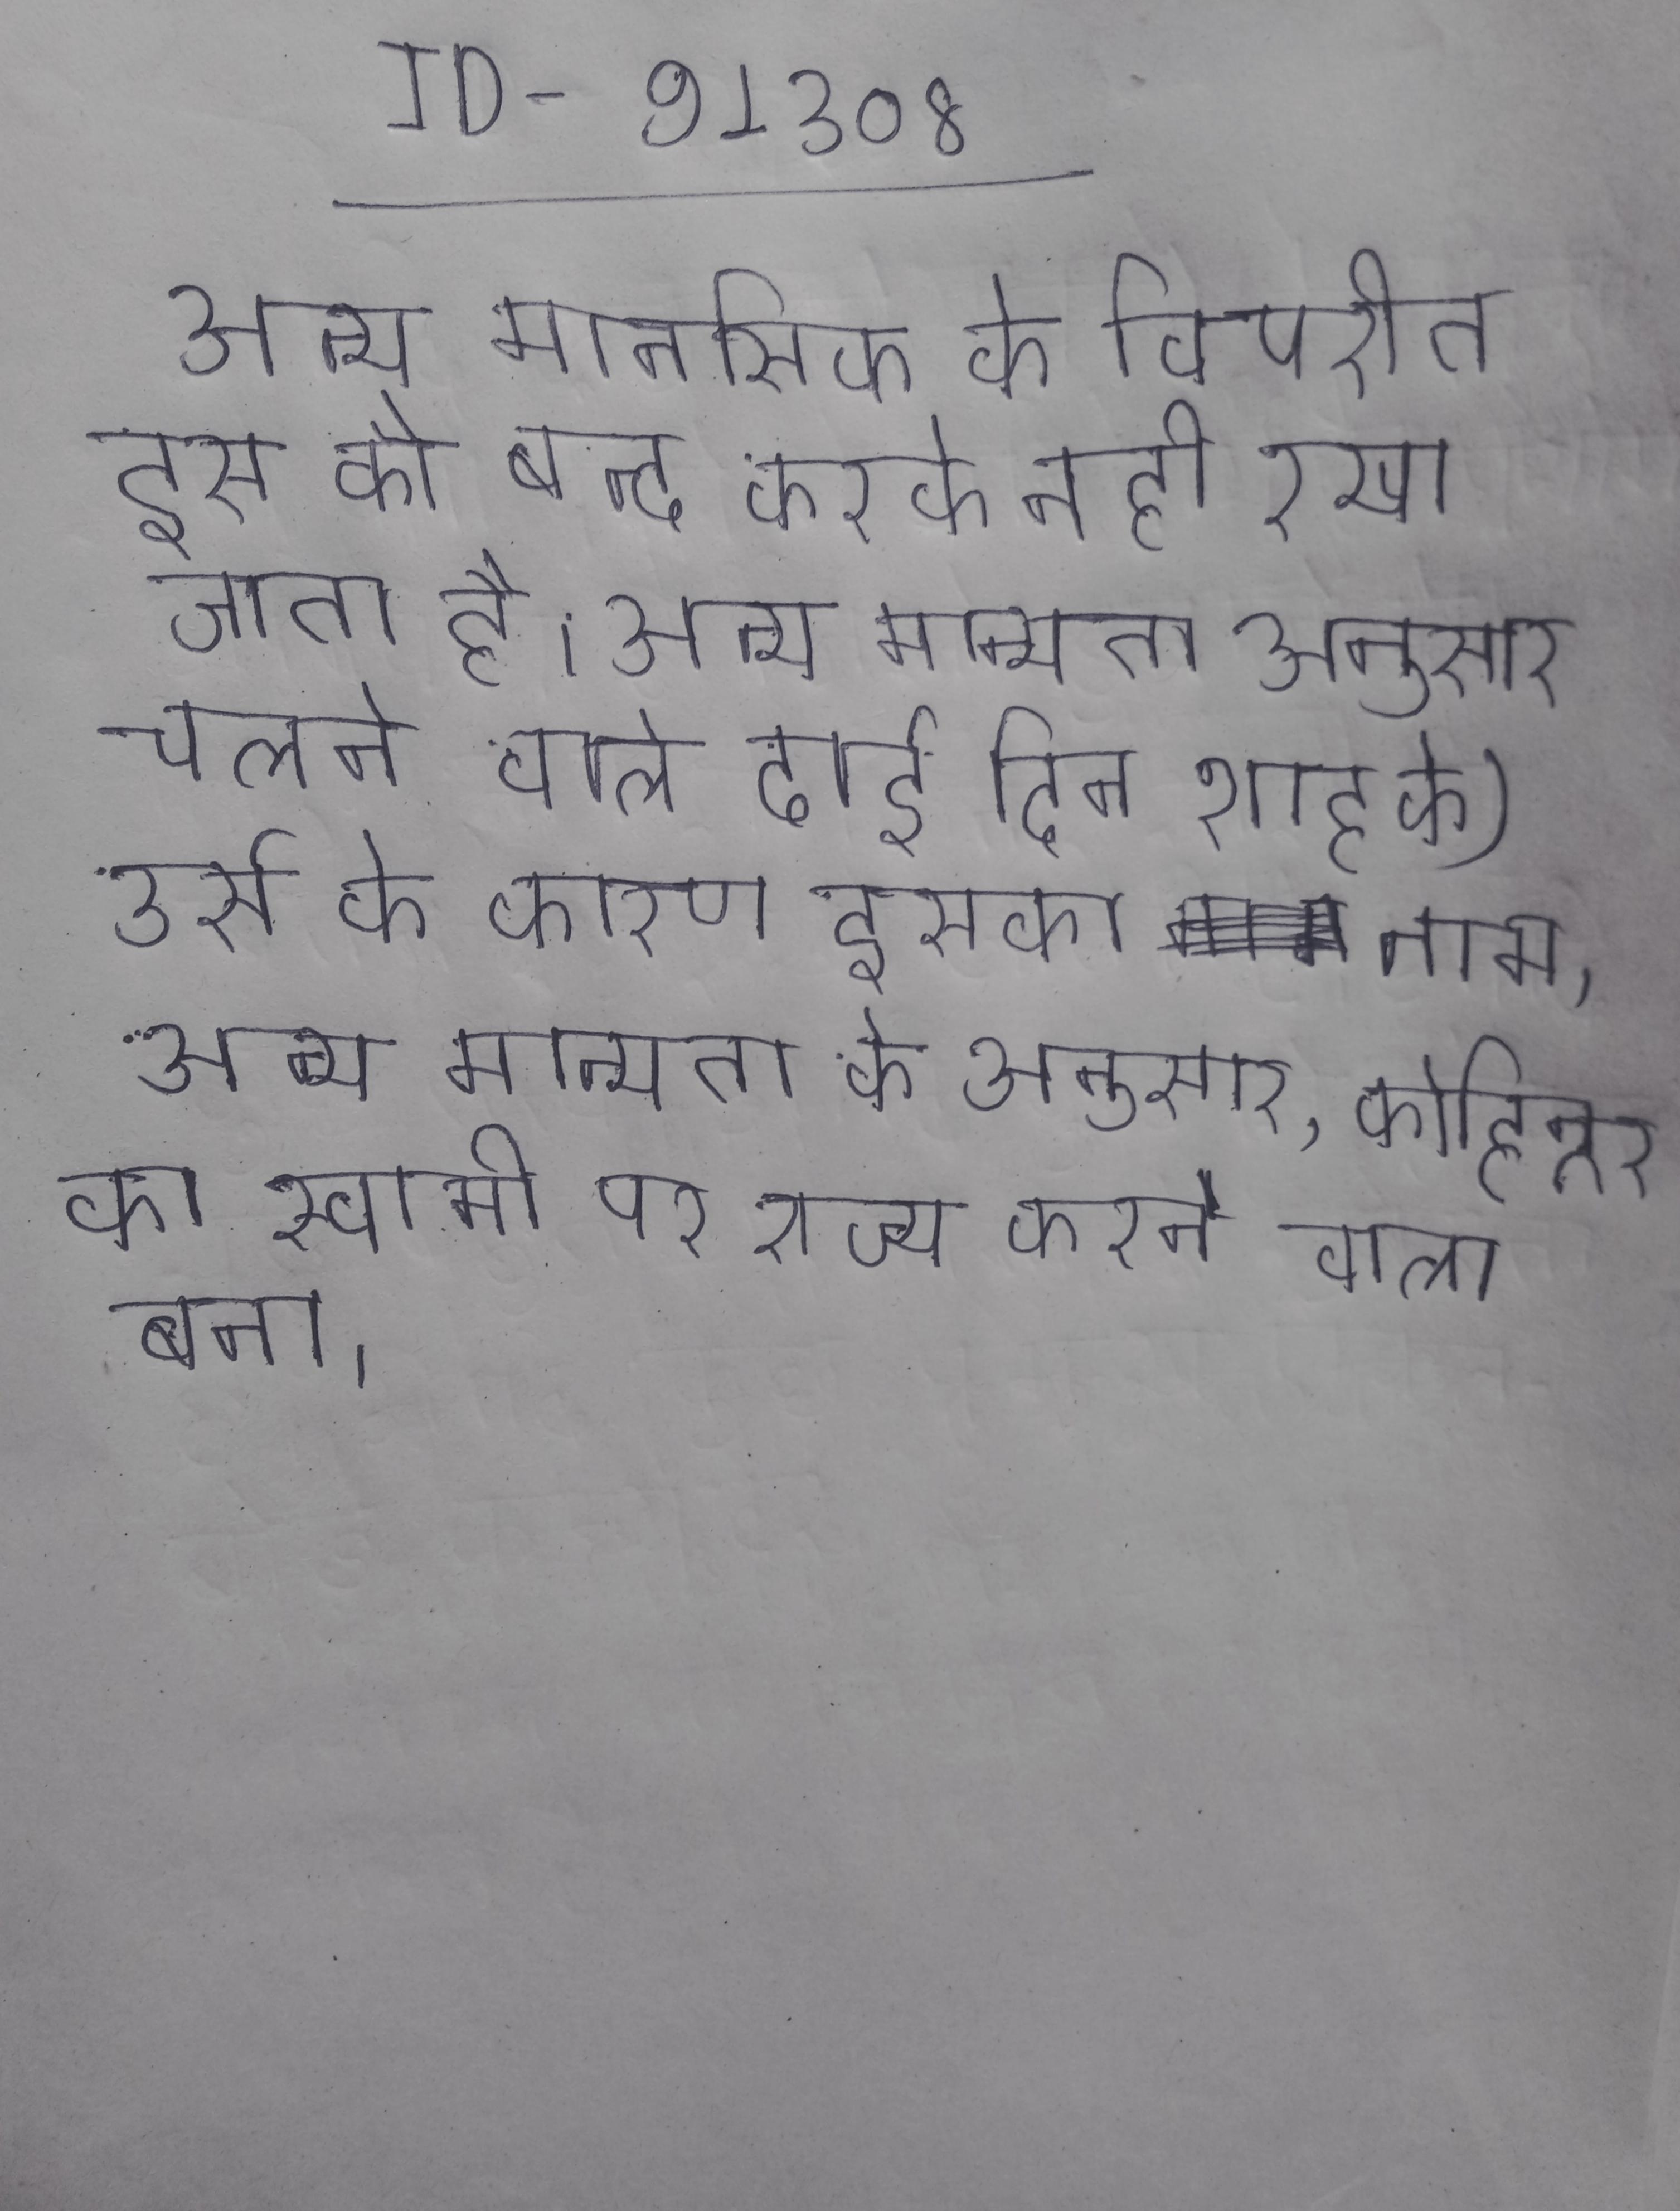
अन्य मानसिक के विपरीत इस को बन्द करके नही रखा जाता है । अन्य मान्यता अनुसार चलने वाले ढाई दिन शाह के) उर्स के कारण इसका नाम । अन्य मान्यता के अनुसार, कोहिनूर का स्वामी पर राज्य करने वाला बना ।